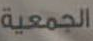
الجمعية